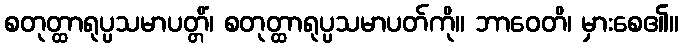
စတုတ္ထာရုပ္ပသမာပတ္တိံ၊ စတုတ္ထာရုပ္ပသမာပတ်ကို။ ဘာဝေတိ၊ မှားစေ၏။